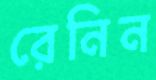
রেনিন